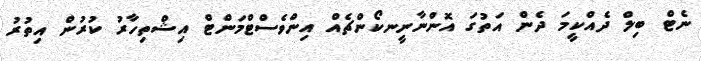
ނެޓް ބިލް ދެއްކީމަ ދެން އަތުގަ އޮންނާނީނކޯންޗެއް އިންވެސްޓްމަންޓް އިޝްތިހާރު ކުރުން އިތުރު